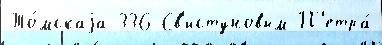
То́мскаjа 336 Св'истуновым П'етра́